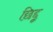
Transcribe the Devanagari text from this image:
छिद्दू